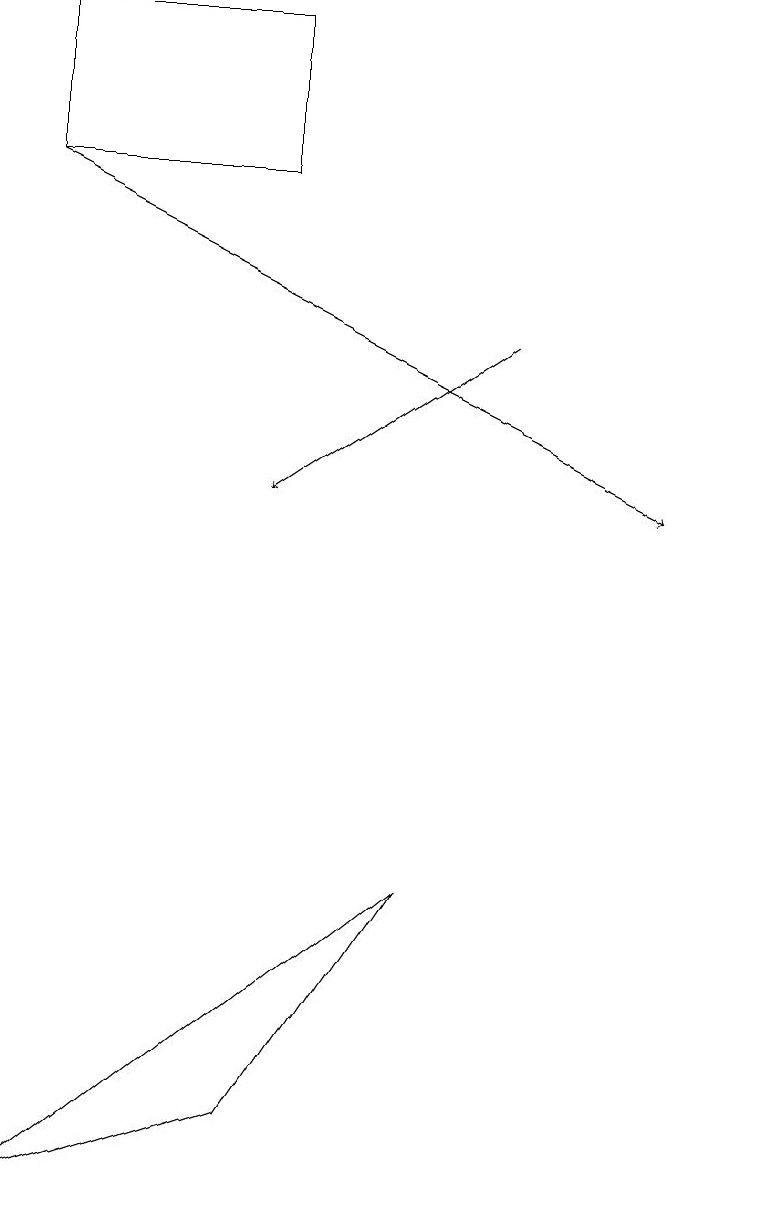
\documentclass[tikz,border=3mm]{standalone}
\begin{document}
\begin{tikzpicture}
\draw[->] (1,17) -- (9,13);
\draw (10,12) circle (0);
\draw[->] (7,15) -- (4,13);
\draw (6,8) -- (1,4) -- (4,5) -- cycle;
\draw (1,19) rectangle (4,17);
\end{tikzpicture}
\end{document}